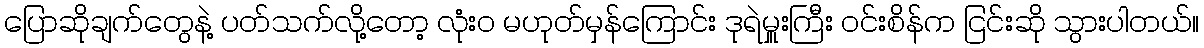
ပြောဆိုချက်တွေနဲ့ ပတ်သက်လို့တော့ လုံးဝ မဟုတ်မှန်ကြောင်း ဒုရဲမှူးကြီး ဝင်းစိန်က ငြင်းဆို သွားပါတယ်။